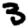
Digit: 3